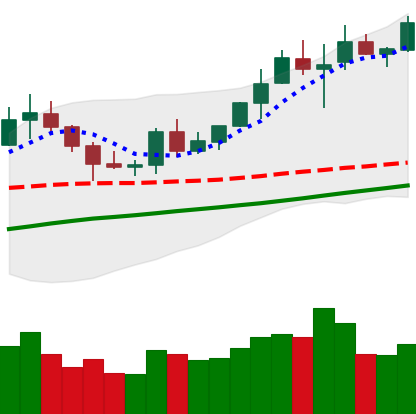
Ticker: BNB-USD
Chart end date: 2020-07-31
Forward return: 12.909%
Label: up_7plus